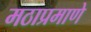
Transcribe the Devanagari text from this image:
मठाप्रमाणे